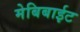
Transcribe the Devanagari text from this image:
मेबिबाईट